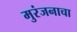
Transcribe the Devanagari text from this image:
मुरंजनाचा